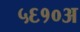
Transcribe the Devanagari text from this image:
५६१०अ